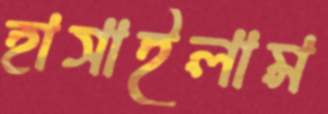
হাসাইলাম